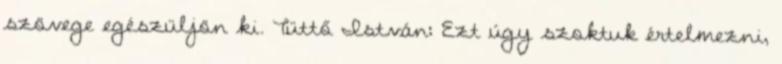
szövege egészüljön ki. Tüttő István: Ezt úgy szoktuk értelmezni,